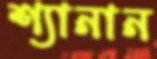
শ্যানান